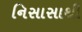
નિસાસાથી